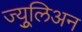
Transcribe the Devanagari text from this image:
ज्युूलिअन